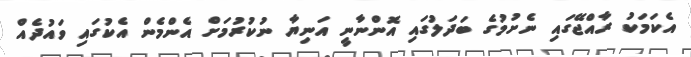
އެކަމަކު ރާއްޖޭގައި ނެށުމުގެ ބަދަލުގައި އޮންނާނީ އަނިޔާ ނުކުރުމަށް އެންމެން އެކުގައި ވައުދެއް